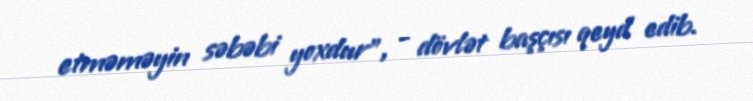
etməməyin səbəbi yoxdur", - dövlət başçısı qeyd edib.